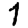
Digit: 7